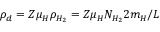
\rho _ { d } = Z \mu _ { H } \rho _ { H _ { 2 } } = Z \mu _ { H } N _ { H _ { 2 } } 2 m _ { H } / L